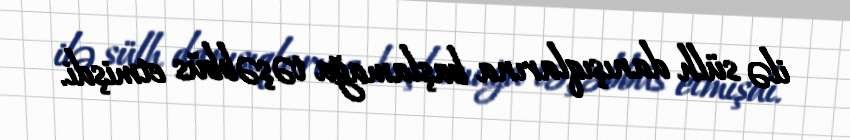
ilə sülh danışıqlarına başlamağa təşəbbüs etmişdi.